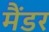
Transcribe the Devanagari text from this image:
मैंडर